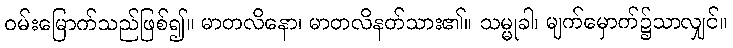
ဝမ်းမြောက်သည်ဖြစ်၍။ မာတလိနော၊ မာတလိနတ်သား၏။ သမ္မုခါ၊ မျက်မှောက်၌သာလျှင်။